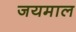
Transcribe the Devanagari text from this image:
जयमाल